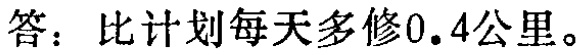
答：比计划每天多修0.4公里。